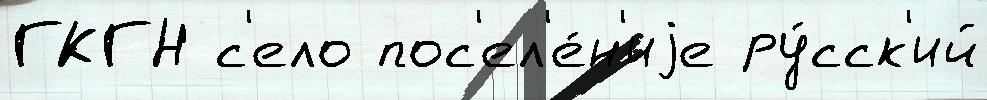
ГКГН с'ело пос'ел'е́н'иjе ру́сск'ий